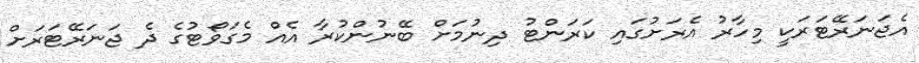
އެޖަނަރޭޓަރަކީ މިހާރު އެރަށުގައި ކަރަންޓު ދިނުމަށް ބޭނުންކުރާ އެއް މެގަވޯޓުގެ ދެ ޖަނަރޭޓަރަށް